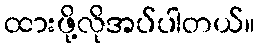
ထားဖို့လိုအပ်ပါတယ်။